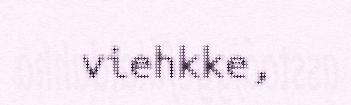
viehkke,